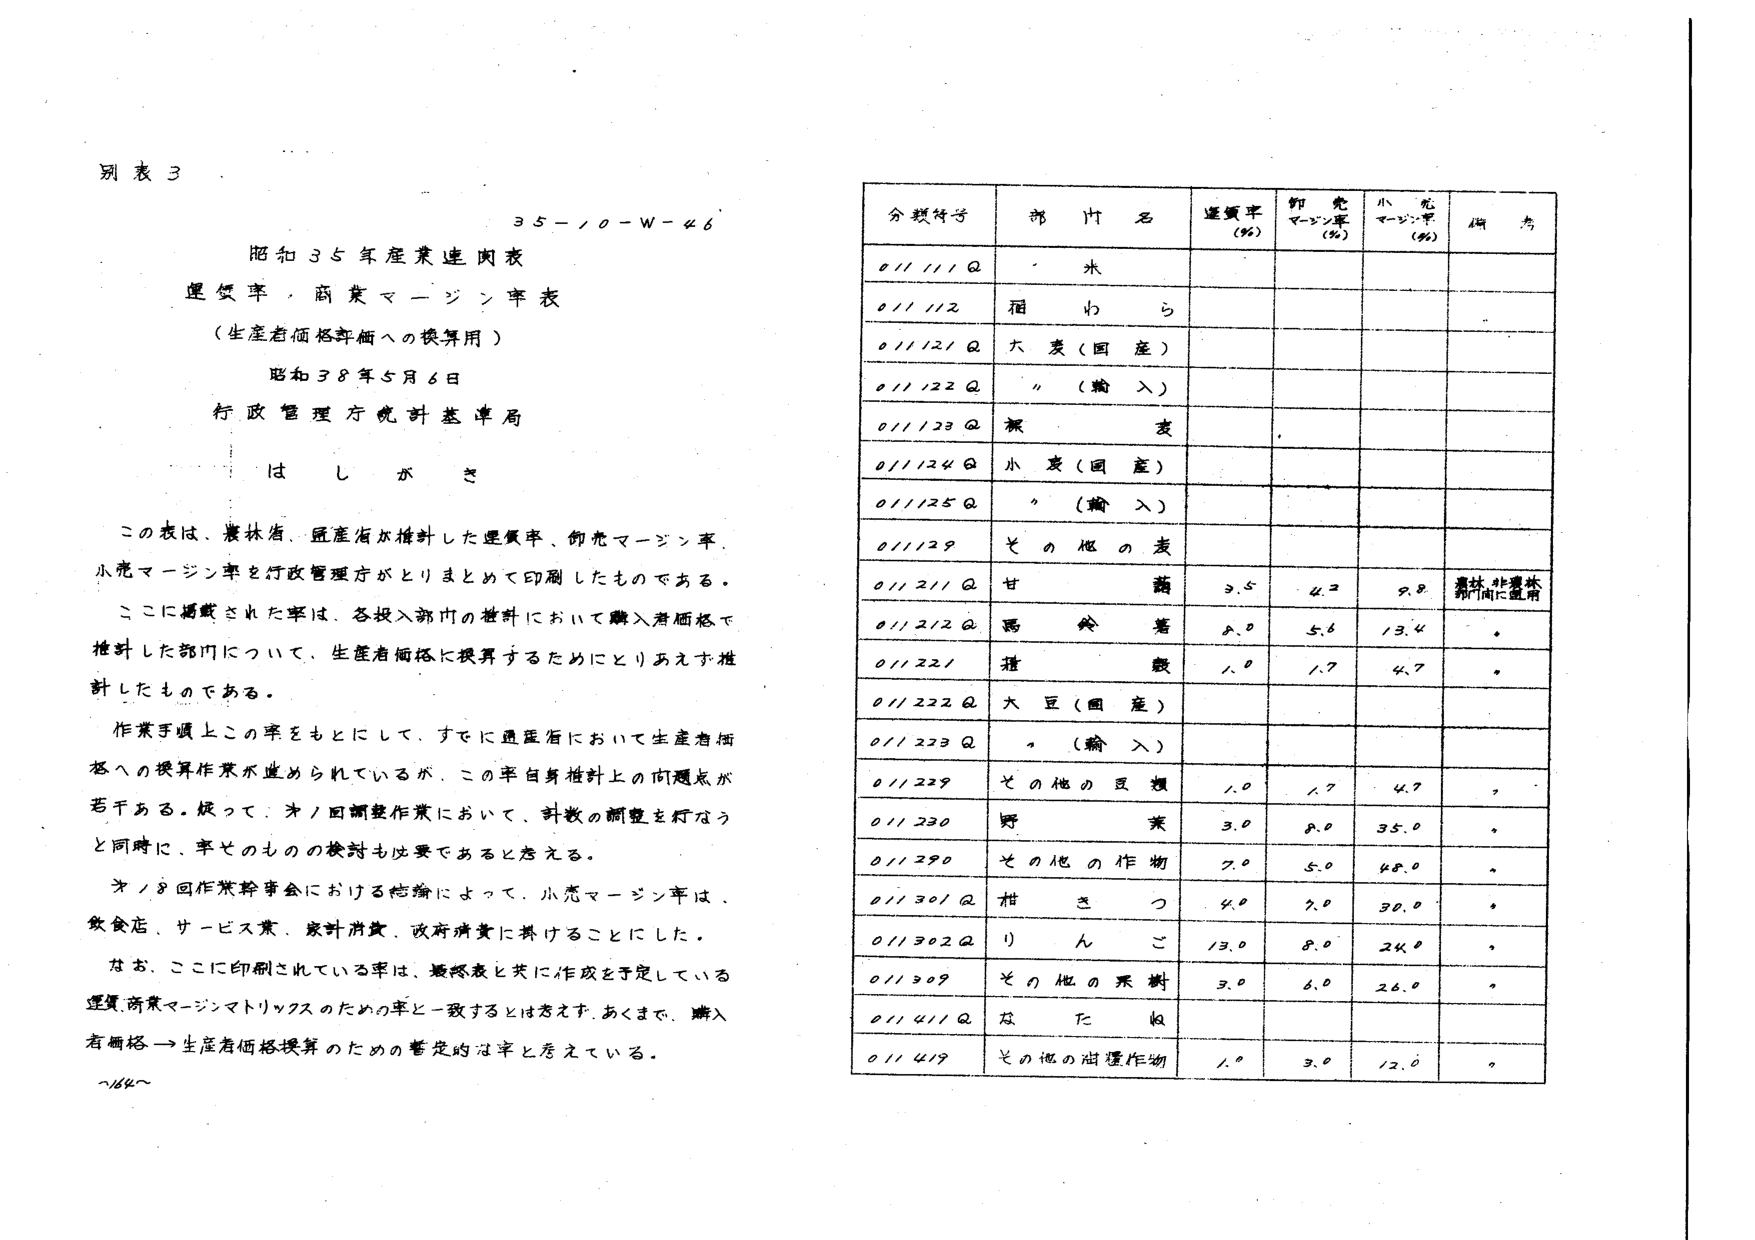
別表３

35-10-W-46

昭和35年産業連関表
運賃率・商業マージン率表
（生産者価格評価への換算用）
昭和38年5月6日
行政管理庁統計基準局
はしがき

この表は、農林省、通産省が推計した運賃率、卸売マージン率、小売マージン率を行政管理庁がとりまとめて印刷したものである。
ここに掲載された率は、各投入部門の推計において購入者価格で推計した部門について、生産者価格に換算するためにとりあえず推計したものである。

作業手順上この率をもとにして、すでに通産省において生産者価格への換算作業が進められているが、この率自身推計上の問題点が若干ある。従って、次回調整作業において、料数の調整を行なうと同時に、率そのものの検討も必要であると考える。

第8回作業幹事会における結論によって、小売マージン率は、飲食店、サービス業、家計消費、政府消費に掛けることにした。

なお、ここに印刷されている率は、最終表と共に作成を予定している運賃・商業マージンマトリックスのための率と一致するとは考えず、あくまで、購入者価格→生産者価格換算のための暫定的な率と秀えている。

～64～

分類符号　　部門名　　運賃率(%)　　卸売マージン率(%)　　小売マージン率(%)　　備考
011111Q　　米
011112　　酒　　わ　　ら
011121Q　　大麦（国産）
011122Q　　〃（輸入）
011123Q　　裸　　麦
011124Q　　小麦（国産）
011125Q　　〃（輸入）
011129　　その他の麦
011211Q　　甘　　藷　　3.5　　4.2　　9.8　　農林省、非農林省間で異なり
011212Q　　馬　　鈴　　薯　　8.0　　5.6　　13.4　　〃
011221　　糖　　藷　　1.0　　1.7　　4.7　　〃
011222Q　　大豆（国産）
011223Q　　〃（輸入）
011229　　その他の豆類　　1.0　　1.7　　4.7　　〃
011230　　野　　菜　　3.0　　8.0　　35.0　　〃
011290　　その他の作物　　7.0　　5.0　　48.0　　〃
011301Q　　柑　　き　　つ　　4.0　　7.0　　30.0　　〃
011302Q　　り　　ん　　ご　　13.0　　8.0　　24.0　　〃
011309　　その他の果樹　　3.0　　6.0　　26.0　　〃
011411Q　　な　　た　　ね
011419　　その他の油糧作物　　1.0　　3.0　　12.0　　〃